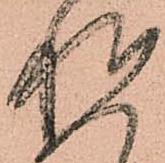
惶